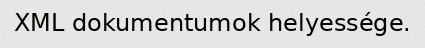
XML dokumentumok helyessége.